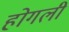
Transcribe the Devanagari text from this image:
होगली